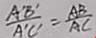
\frac { A ^ { \prime } B ^ { \prime } } { A ^ { \prime } C ^ { \prime } } = \frac { A B } { A C }